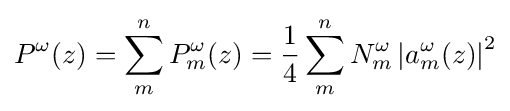
P^{\omega }(z)=\sum _{m}^{n}P_{m}^{\omega }(z)={\frac {1}{4}}\sum _{m}^{n}N_{m}^{\omega }\left|a_{m}^{\omega }(z)\right|^{2}\,\!